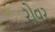
રોવર